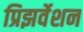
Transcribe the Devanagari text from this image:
प्रिझर्वेशन